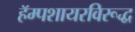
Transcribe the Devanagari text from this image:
हॅम्पशायरविरूद्ध